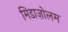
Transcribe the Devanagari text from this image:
मिडाज़ोलम